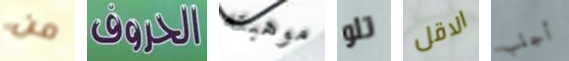
من الحروف موهبته تلو الاقل أجلب